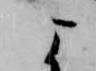
よ